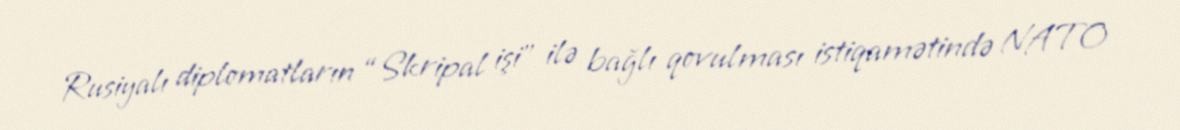
Rusiyalı diplomatların “Skripal işi” ilə bağlı qovulması istiqamətində NATO